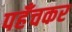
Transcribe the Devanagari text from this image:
पहँचकर